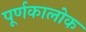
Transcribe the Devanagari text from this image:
पूर्णकालोक